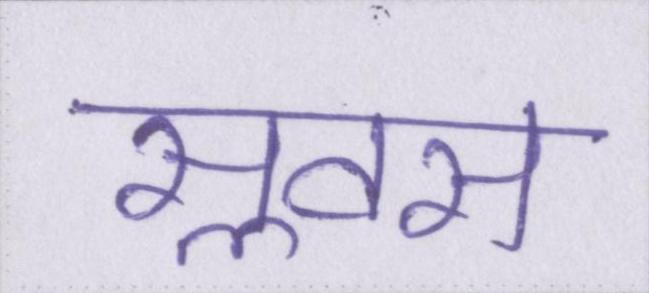
सॢवस